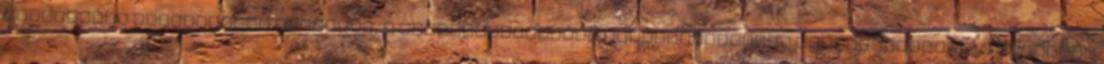
feltételes szabadságra bocsátás; a szabadságvesztés végrehajtásának felfüggesztése; a büntetés